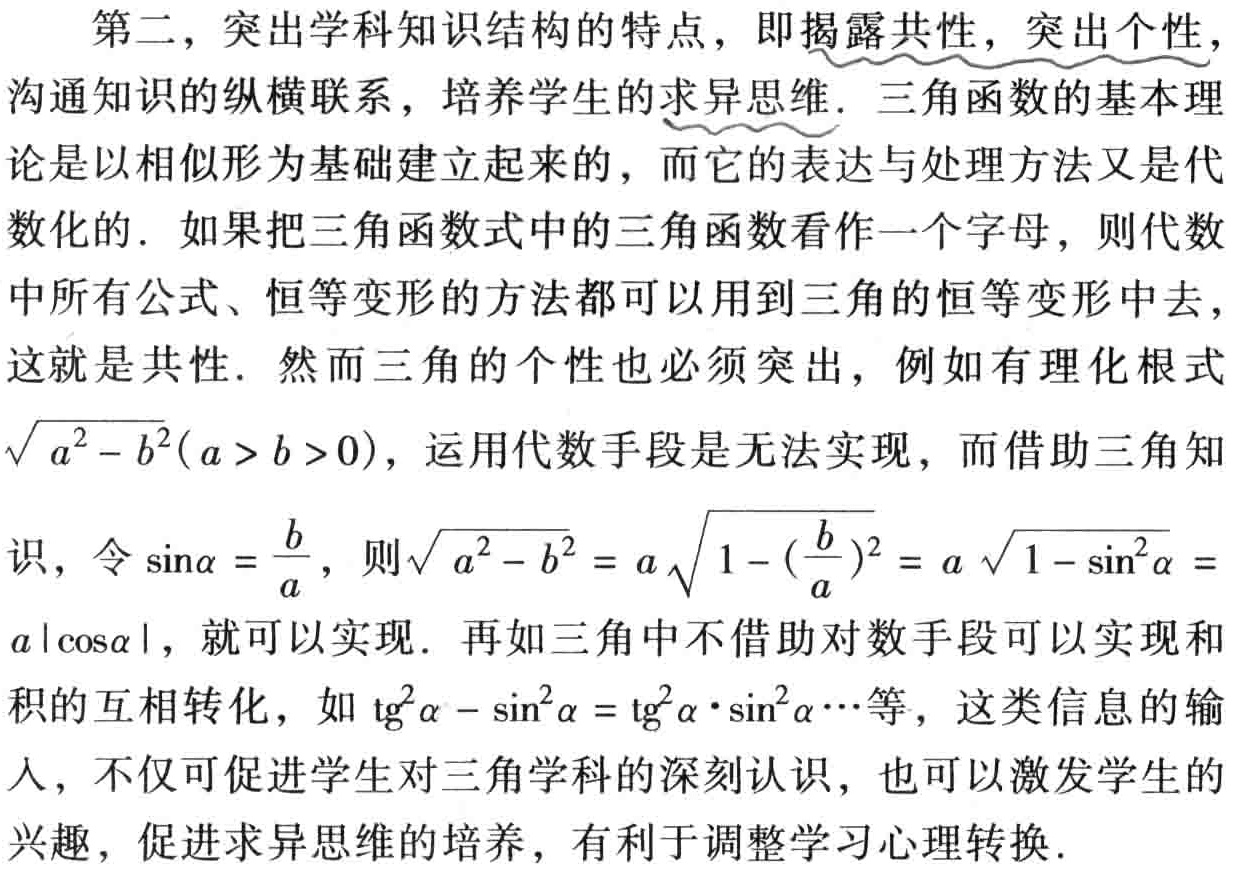
第二，突出学科知识结构的特点，即揭露共性，突出个性，
沟通知识的纵横联系，培养学生的求异思维. 三角函数的基本理
论是以相似形为基础建立起来的，而它的表达与处理方法又是代
数化的. 如果把三角函数式中的三角函数看作一个字母，则代数
中所有公式、恒等变形的方法都可以用到三角的恒等变形中去，
这就是共性. 然而三角的个性也必须突出，例如有理化根式
\(\sqrt{a^{2}-b^{2}}(a > b > 0)\)，运用代数手段是无法实现，而借助三角知
识，令\(\sin\alpha = \frac{b}{a}\)，则\(\sqrt{a^{2}-b^{2}} = a\sqrt{1 - (\frac{b}{a})^{2}} = a\sqrt{1 - \sin^{2}\alpha} =\)
\(a|\cos\alpha|\)，就可以实现. 再如三角中不借助对数手段可以实现和
积的互相转化，如\(\mathrm{tg}^{2}\alpha - \sin^{2}\alpha = \mathrm{tg}^{2}\alpha\cdot\sin^{2}\alpha\cdots\)等，这类信息的输
人，不仅可促进学生对三角学科的深刻认识，也可以激发学生的
兴趣，促进求异思维的培养，有利于调整学习心理转换.